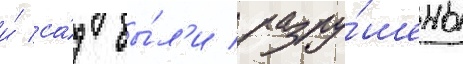
и́ са́д бы́л'и разру́шены